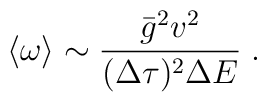
\langle \omega \rangle \sim \frac{\bar{g}^2 v^2}{(\Delta\tau)^2 \Delta E} \; .